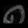
Digit: ၈